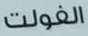
الفولت